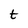
Character: t